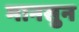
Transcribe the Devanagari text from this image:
मानसुन